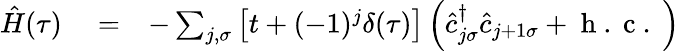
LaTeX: \begin{array}{rlr}{\hat{H}(\tau)}&{{}=}&{-\sum_{j,\sigma}\left[t+(-1)^{j}\delta(\tau)\right]\left(\hat{c}_{j\sigma}^{\dagger}\hat{c}_{j+1\sigma}+\mathrm{~h~.~c~.~}\right)}\end{array}